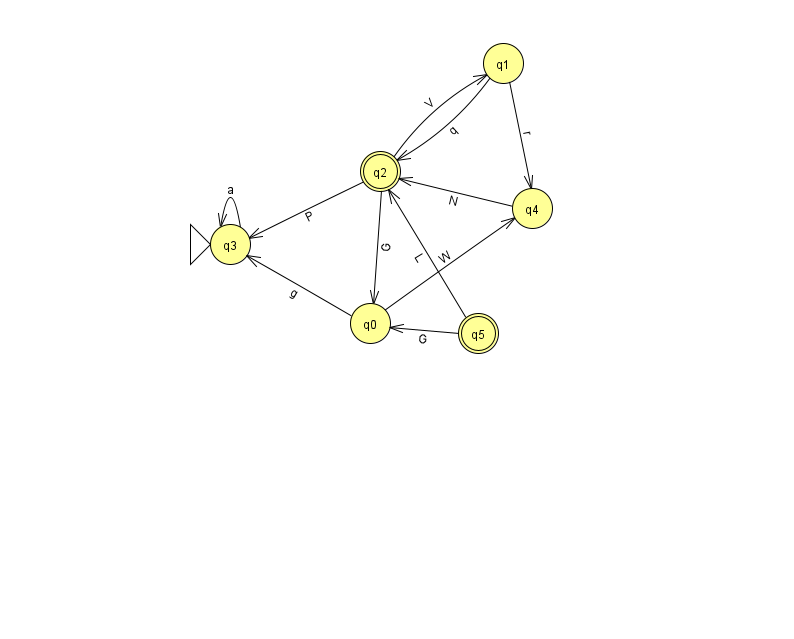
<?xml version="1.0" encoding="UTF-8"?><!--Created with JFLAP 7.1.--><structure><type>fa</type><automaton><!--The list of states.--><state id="0" name="q0"><x>370.0</x><y>310.0</y></state><state id="1" name="q1"><x>503.0</x><y>50.0</y></state><state id="2" name="q2"><x>380.0</x><y>158.0</y><final/></state><state id="3" name="q3"><x>230.0</x><y>231.0</y><initial/></state><state id="4" name="q4"><x>532.0</x><y>195.0</y></state><state id="5" name="q5"><x>478.0</x><y>320.0</y><final/></state><!--The list of transitions.--><transition><from>0</from><to>3</to><read>g</read></transition><transition><from>1</from><to>4</to><read>r</read></transition><transition><from>2</from><to>1</to><read>V</read></transition><transition><from>0</from><to>4</to><read>W</read></transition><transition><from>3</from><to>3</to><read>a</read></transition><transition><from>2</from><to>0</to><read>G</read></transition><transition><from>2</from><to>3</to><read>P</read></transition><transition><from>5</from><to>2</to><read>L</read></transition><transition><from>1</from><to>2</to><read>q</read></transition><transition><from>4</from><to>2</to><read>N</read></transition><transition><from>5</from><to>0</to><read>G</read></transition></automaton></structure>